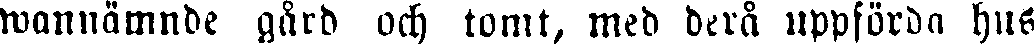
wannämnde gård och tomt, med derå uppförda hus